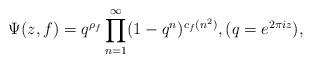
LaTeX: \begin{align*}\Psi(z,f) = q^{\rho_{f}}\prod_{n=1}^{\infty}(1-q^{n})^{c_{f}(n^{2})}, (q = e^{2\pi i z}),\end{align*}